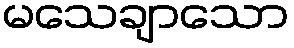
မသေချာသော